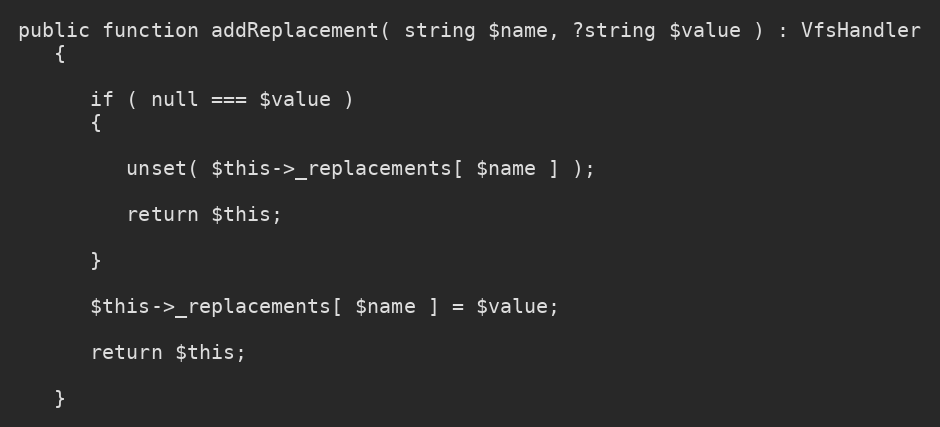
Language: PHP
public function addReplacement( string $name, ?string $value ) : VfsHandler
   {

      if ( null === $value )
      {

         unset( $this->_replacements[ $name ] );

         return $this;

      }

      $this->_replacements[ $name ] = $value;

      return $this;

   }